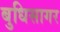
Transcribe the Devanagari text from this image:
बुधिसागर